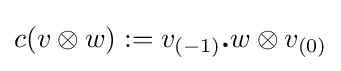
c(v\otimes w):=v_{(-1)}{\boldsymbol {.}}w\otimes v_{(0)}